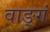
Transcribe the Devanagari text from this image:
वाङ्गं